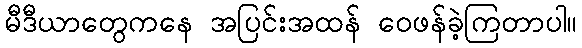
မီဒီယာတွေကနေ အပြင်းအထန် ဝေဖန်ခဲ့ကြတာပါ။